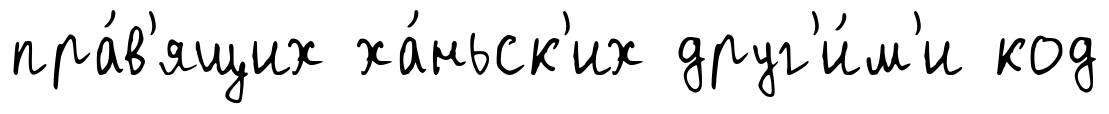
пра́в'ящих ха́ньск'их друг'и́м'и код